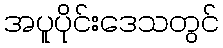
အပူပိုင်းဒေသတွင်